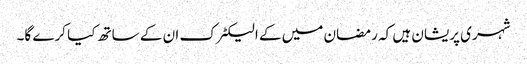
شہری پریشان ہیں کہ رمضان میں کے الیکٹرک ان کے ساتھ کیا کرے گا۔